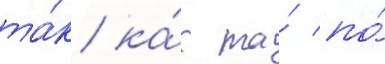
та́к ка́к та́ по́